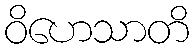
ဝိဟေသာတိ